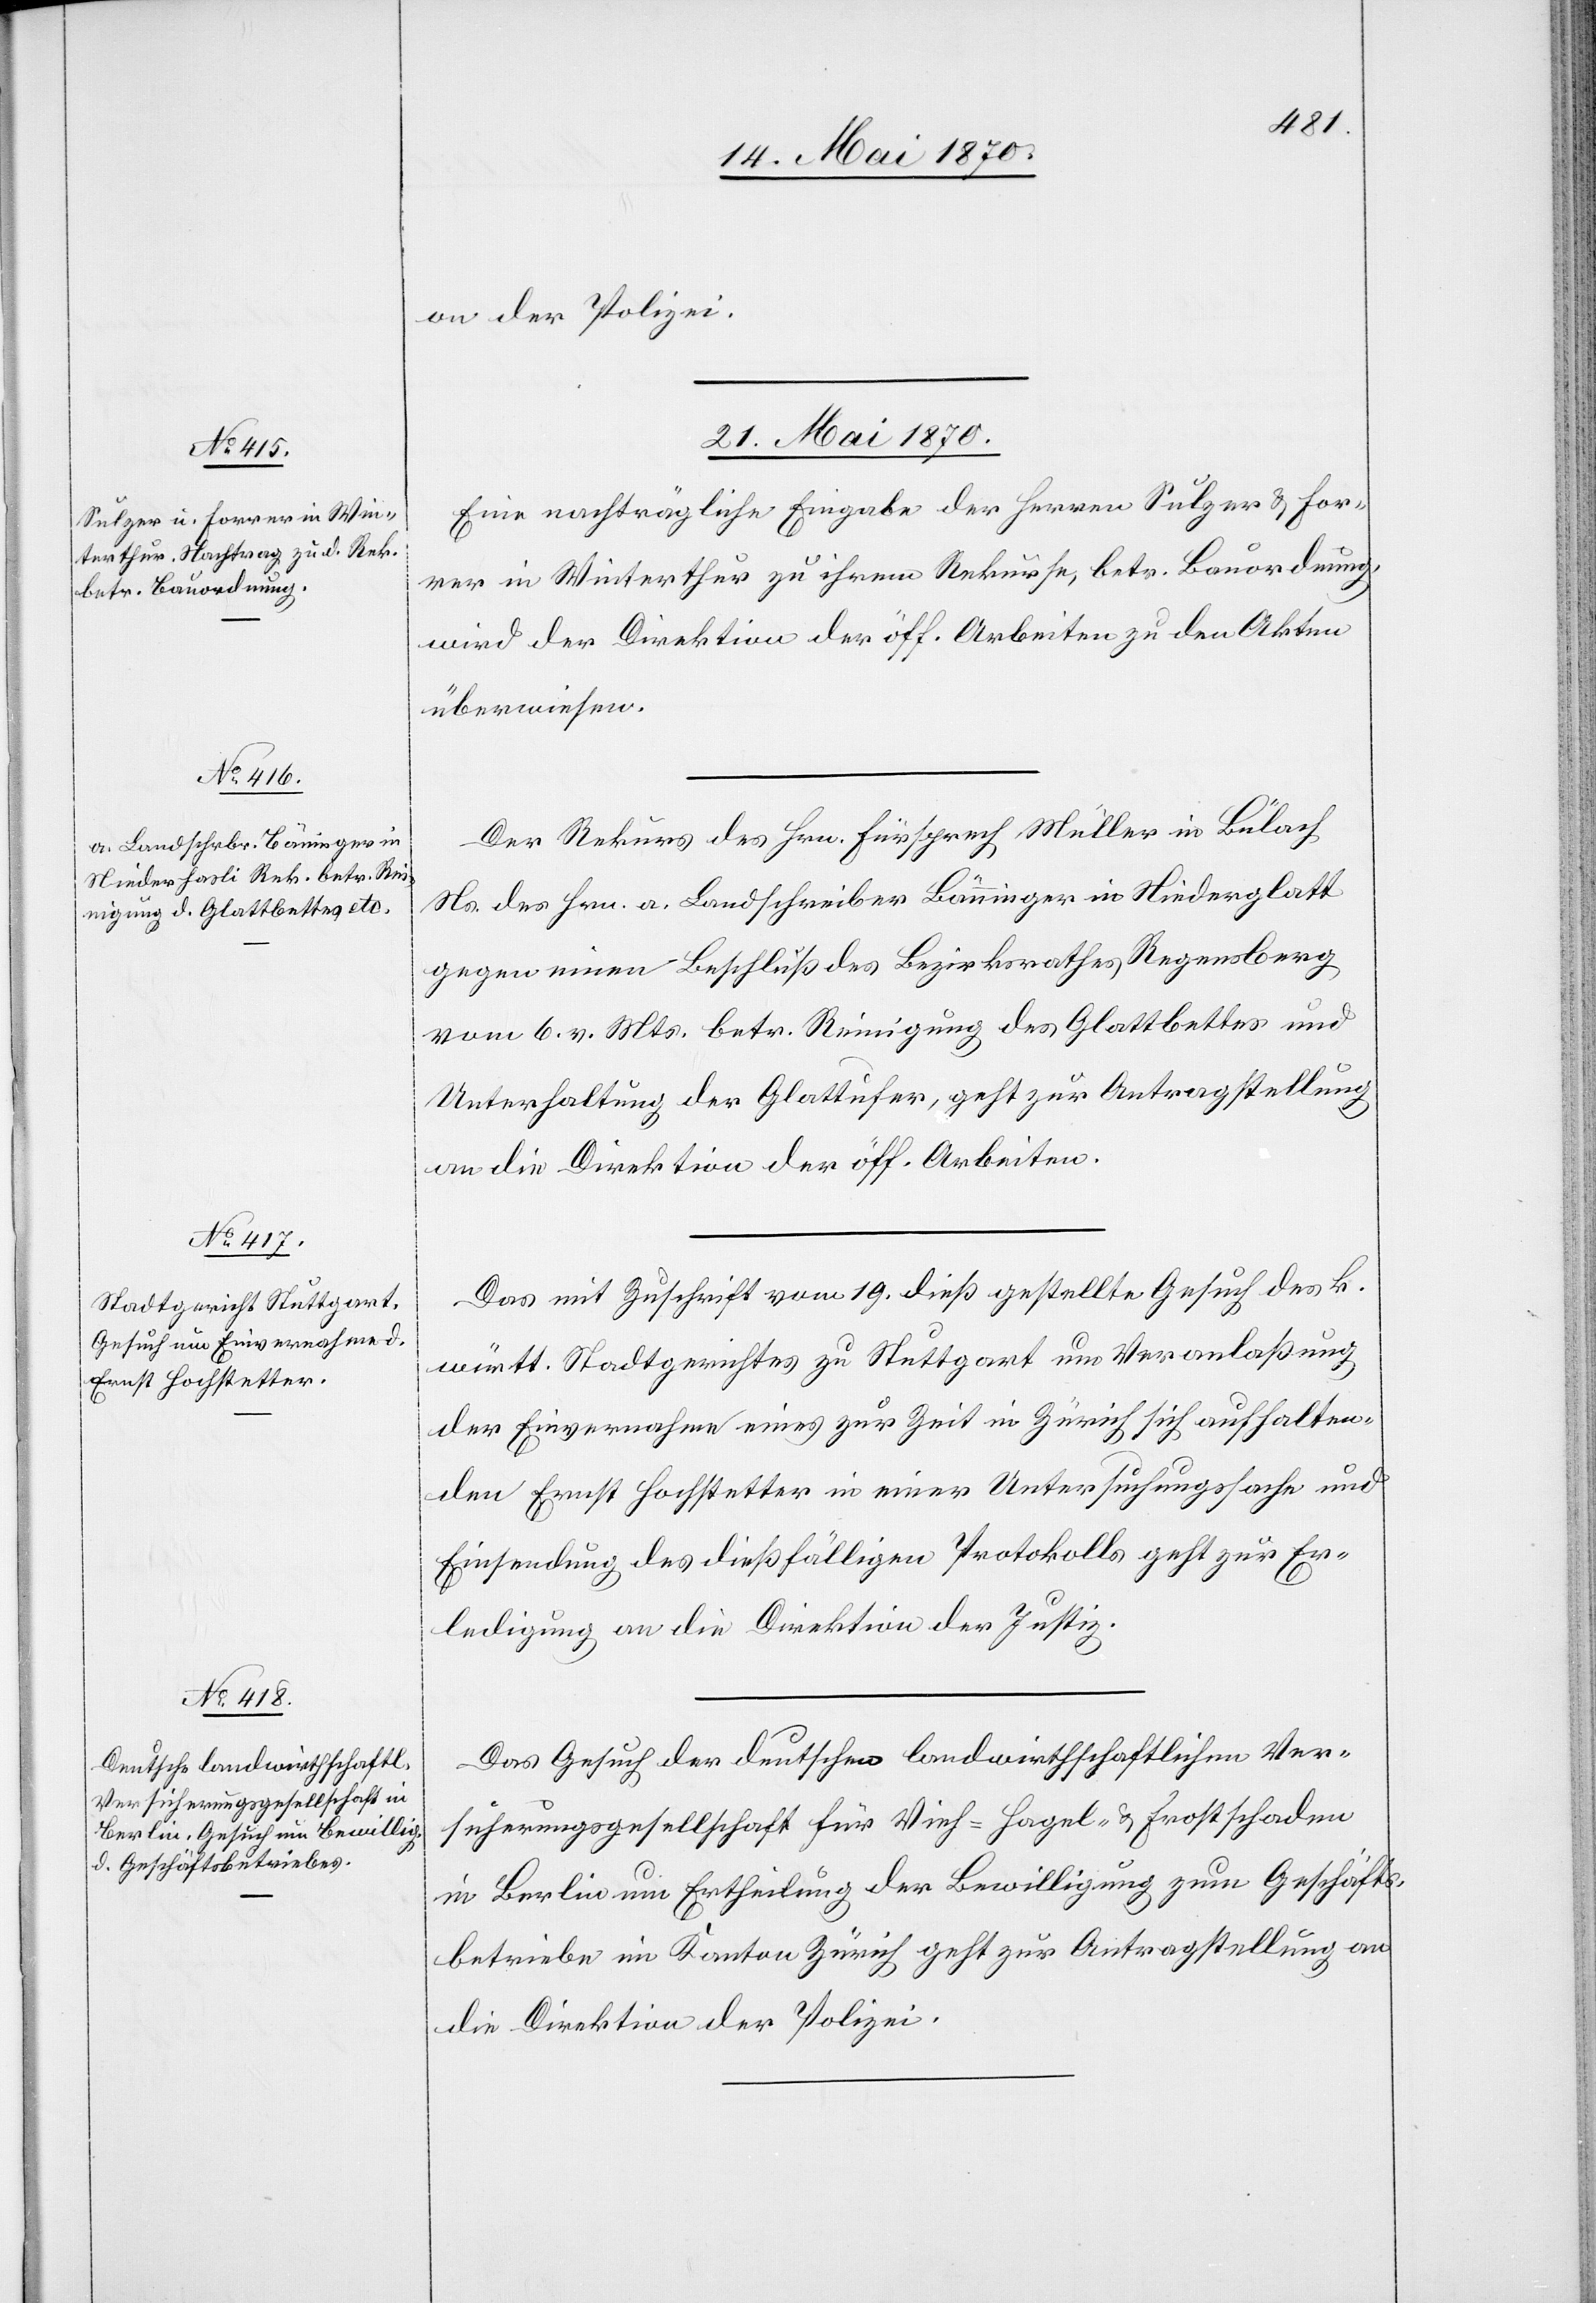
on der Polizei.
21. Mai 1870.]
Eine nachträgliche Eingabe der Herren Sulzer & For¬
rer in Winterthur zu ihrem Rekurse, betr. Bauordnung
wird der Direktion der öff. Arbeiten zu den Akten
überwiesen.
Der Rekurs des Hrn. Fürsprech Müller in Bülach
Ns. des Hrn. a. Landschreiber Bänninger in Niederglatt
gegen einen Beschluß des Bezirksrathes Regensberg
vom 6. v. Mts. betr. Reinigung des Glattbettes und
Unterhaltung der Glattufer, geht zur Antragstellung
an die Direktion der öff. Arbeiten.
Das mit Zuschrift vom 19. dieß gestellte Gesuch des k.
württ. Stadtgerichtes zu Stuttgart um Veranlaßung
der Einvernahme eines zur Zeit in Zürich sich aufhalten¬
den Ernst Hochstetter in einer Untersuchungssache und
Einsendung des dießfälligen Protokolls geht zur Er¬
ledigung an die Direktion der Justiz.
Das Gesuch der deutschen landwirthschaftlichen Ver¬
sicherungsgesellschaft für Vieh-[,] Hagel- & Frostschaden
in Berlin um Ertheilung der Bewilligung zum Geschäfts¬
betriebe im Kanton Zürich geht zur Antragstellung an
die Direktion der Polizei.